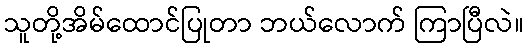
သူတို့အိမ်ထောင်ပြုတာ ဘယ်လောက် ကြာပြီလဲ။